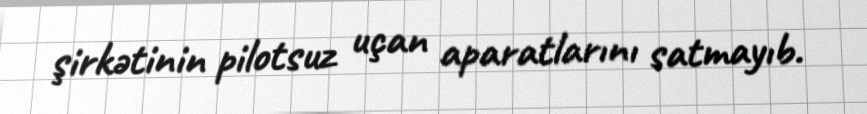
şirkətinin pilotsuz uçan aparatlarını satmayıb.